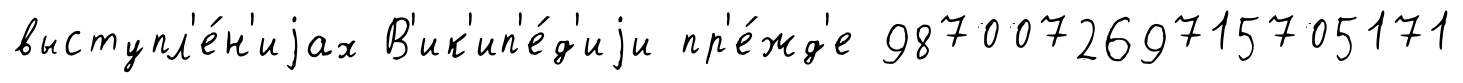
выступл'е́н'иjах В'ик'ип'е́д'иjи пр'е́жд'е 987007269715705171